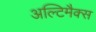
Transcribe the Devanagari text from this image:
अल्टिमैक्स